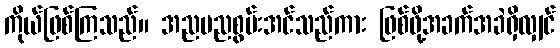
ကိုယ်ဖြစ်ကြသည်။ အညမညစွမ်းအင်သည်ကား ဖြစ်ဖို့အခက်အခဲရှိလျှင်